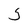
Character: S